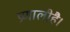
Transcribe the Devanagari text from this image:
प्रणालीहै।